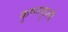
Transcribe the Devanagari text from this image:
कृष्णकृत्ये